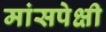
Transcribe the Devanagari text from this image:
मांसपेक्षी